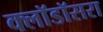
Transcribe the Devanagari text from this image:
क्लॉडॉसरा